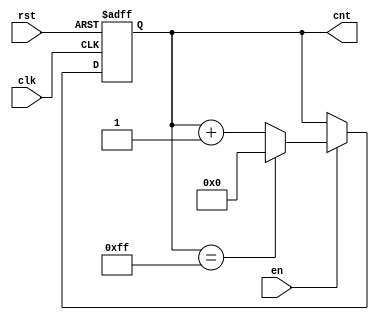
module incremental_counter(
    input wire clk,        // Clock input
    input wire en,        // Enable signal
    input wire rst,       // Reset signal
    output reg [7:0] cnt  // 8-bit count output
);

// Define the maximum value for an 8-bit counter
parameter MAX_COUNT = 8'hFF; // 255 in decimal

// Counter process
always @(posedge clk or posedge rst) begin
    if (rst) begin
        // Reset the counter to zero on reset signal
        cnt <= 8'b0;
    end else if (en) begin
        // Increment the counter if enabled
        if (cnt == MAX_COUNT) begin
            cnt <= 8'b0; // Wrap around to zero on overflow
        end else begin
            cnt <= cnt + 1'b1; // Increment the counter
        end
    end
    // If not enabled, retain the current count
end

endmodule